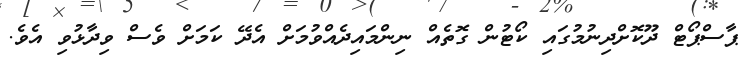
ޕާސްޕޯޓް ދޫކޮށްދިނުމުގައި ކޯޓުން ގޮތެއް ނިންމައިދެއްވުމަށް އެދޭ ކަމަށް ވެސް ވިދާޅުވި އެވެ.